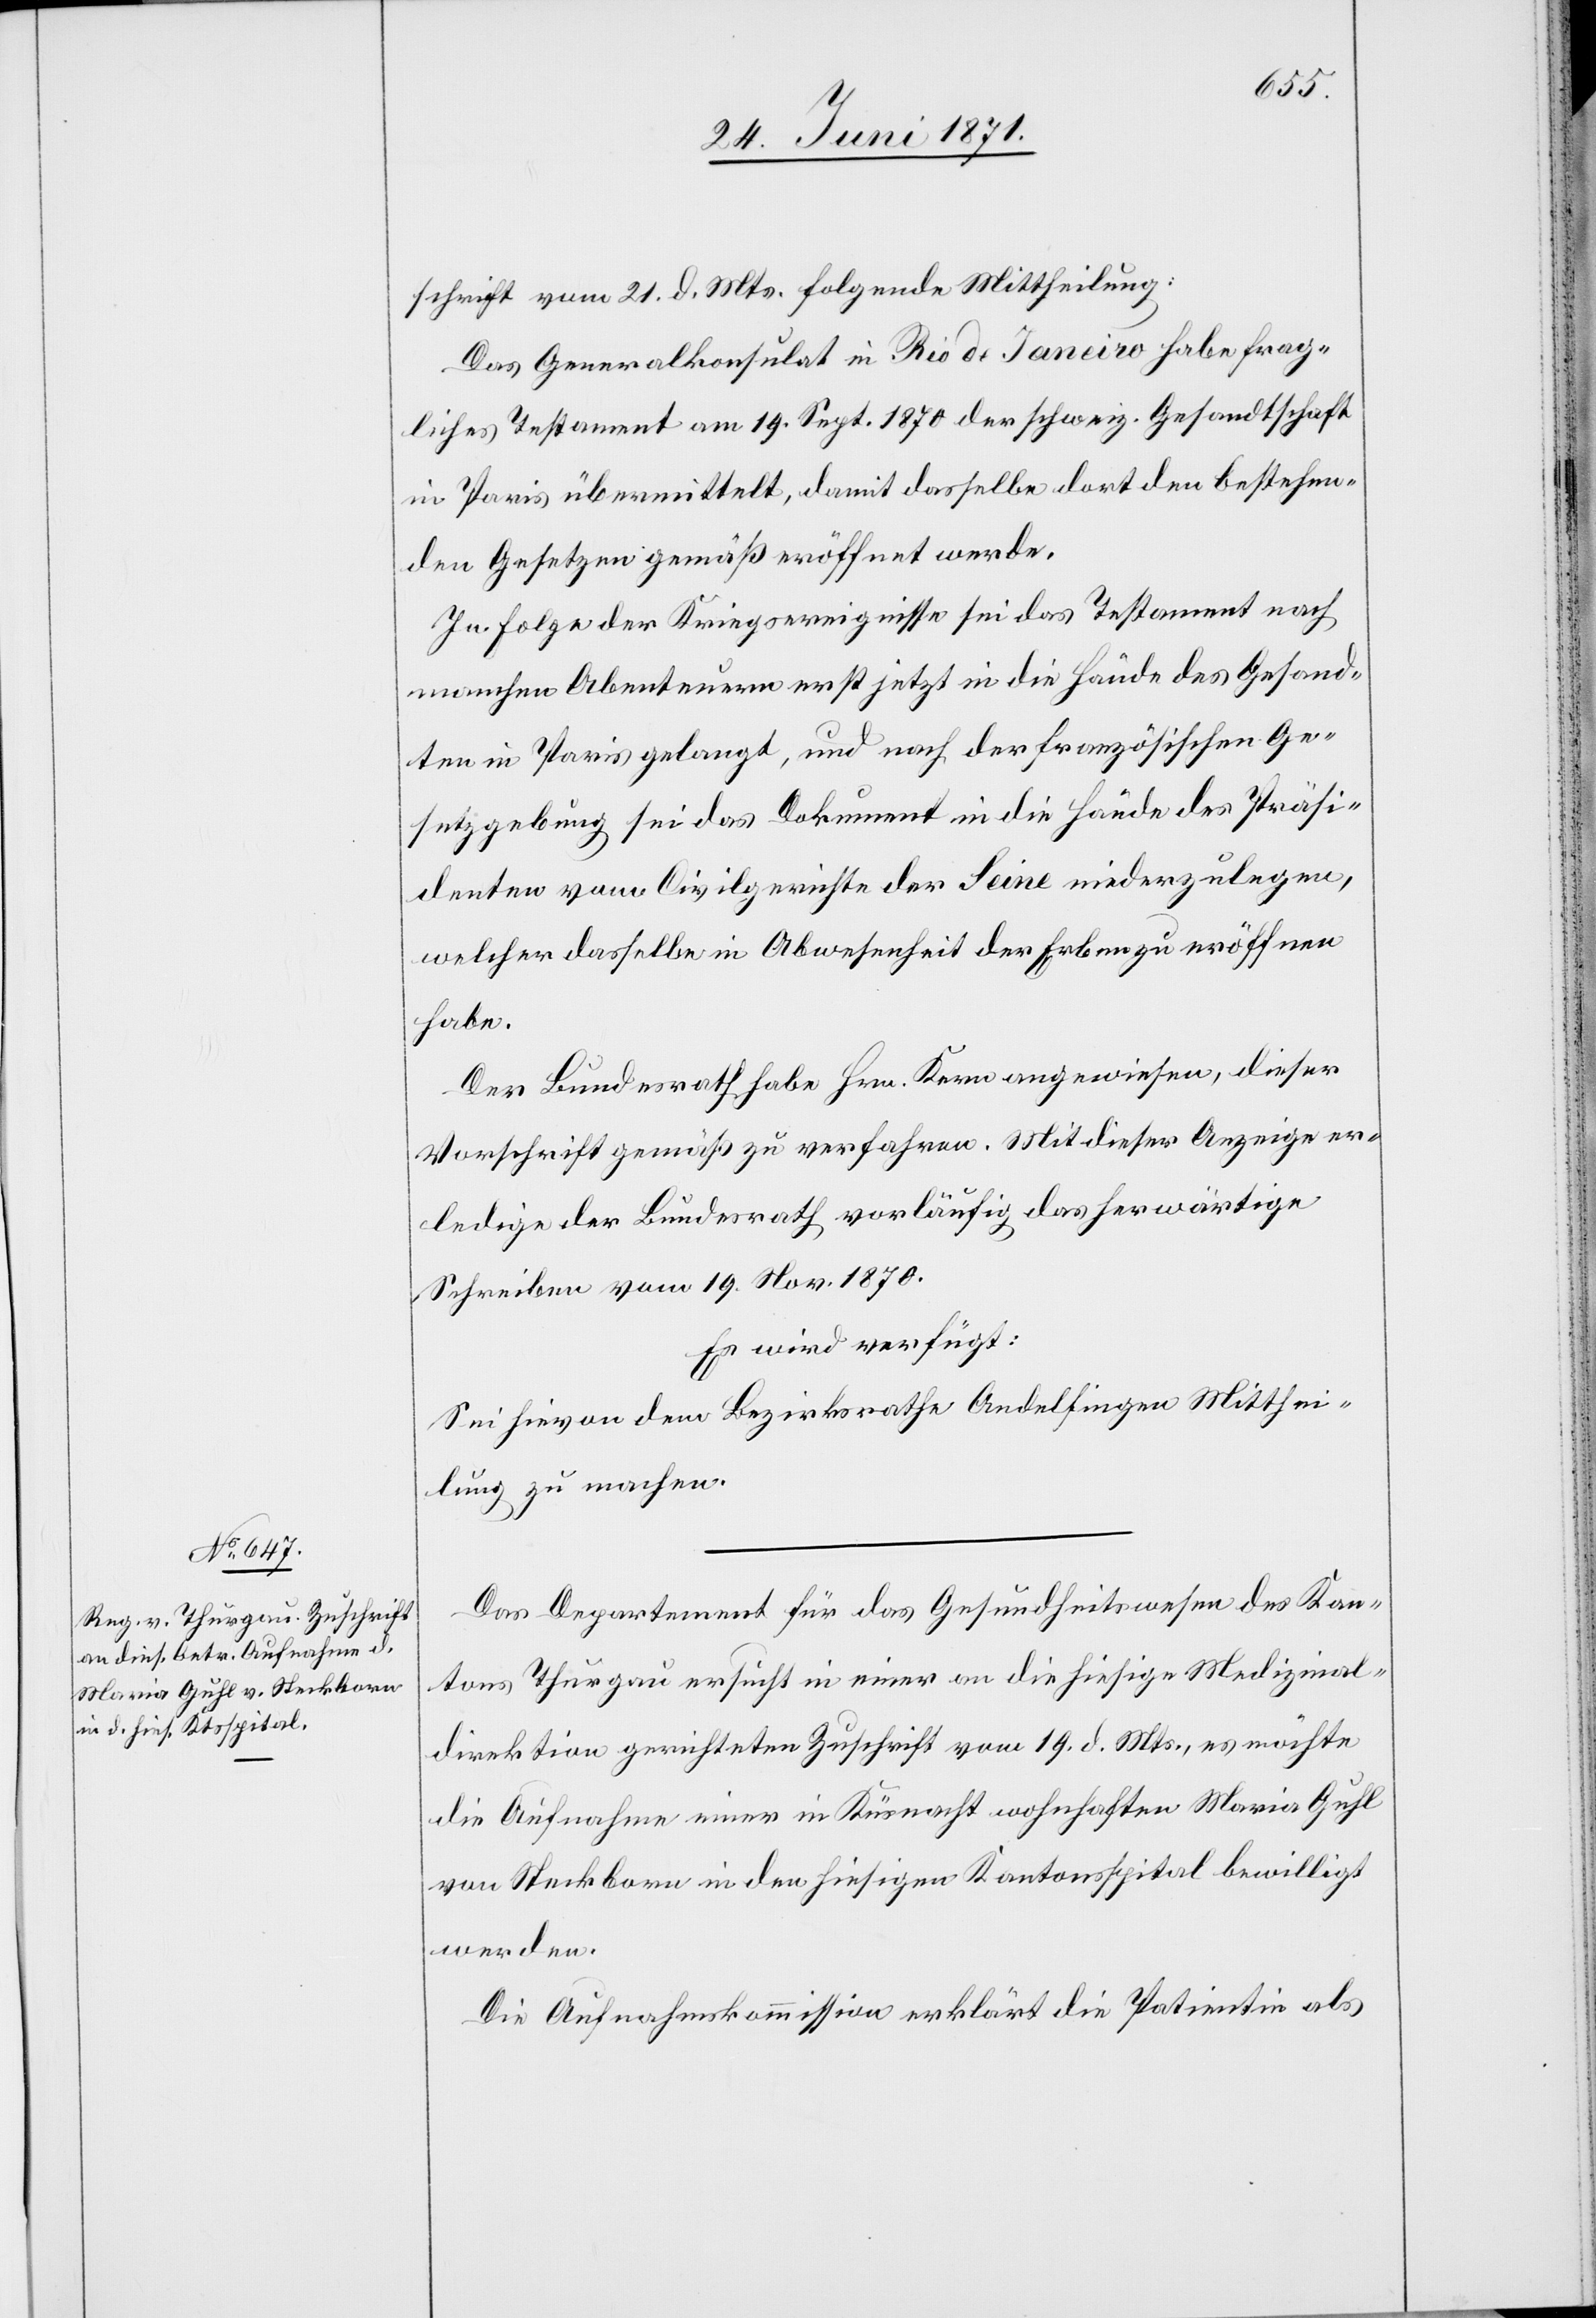
26. Juni 1871.]
schrift vom 21. d. Mts. folgende Mittheilung:
Das Generalkonsulat in Rio de Janeiro habe frag¬
liches Testament am 19. Sept. 1870 der schweiz. Gesandtschaft
in Paris übermittelt, damit dasselbe dort den bestehen¬
den Gesetzen gemäß eröffnet werde.
In Folge der Kriegsereignisse sei das Testament nach
manchen Abenteuern erst jetzt in die Hände des Gesand¬
ten in Paris gelangt, und nach der französischen Ge¬
setzgebung sei das Dokument in die Hände des Präsi¬
denten vom Civilgerichte der Seine niederzulegen,
welcher dasselbe in Abwesenheit der Erben zu eröffnen
habe.
Der Bundesrath habe Hrn. Kern angewiesen, dieser
Vorschrift gemäß zu verfahren. Mit dieser Anzeige er¬
ledige der Bundesrath vorläufig das herwärtige
Schreiben vom 19. Nov. 1870.
Es wird verfügt:
Sei hievon dem Bezirksrathe Andelfingen Mitthei¬
lung zu machen.
Das Departement für das Gesundheitswesen des Kan¬
tons Thurgau ersucht in einer an hiesige Medizinal¬
direktion gerichteten Zuschrift vom 19. d. Mts., es möchte
die Aufnahme einer in Küsnacht wohnhaften Maria Guhl
von Steckborn in den hiesigen Kantonsspital bewilligt
werden.
Die Aufnahmskommission erklärt die Patientin als